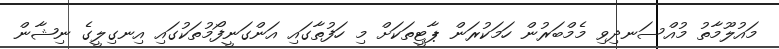
މައުލޫމާތު މުއްސަނދިވި މެމްބަރުން ހަމަކުރަން ޕާޓީތަކަށް މި ހަފުތާގައި އަންގަނީފޯމުތަކުގައި އިނގިލީގެ ނިޝާން